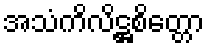
အသံကိလိဋ္ဌစိတ္တော